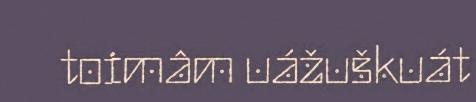
toimâm uážuškuát